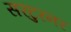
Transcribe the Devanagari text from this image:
सरटुरनर